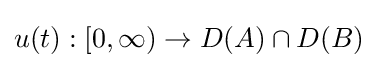
u(t):[0,\infty )\to D(A)\cap D(B)